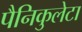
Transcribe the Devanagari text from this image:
पैनिकुलेटा